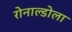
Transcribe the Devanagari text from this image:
रोनाल्डोला